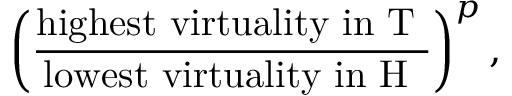
\left( \frac { \mathrm { h i g h e s t ~ v i r t u a l i t y ~ i n ~ T ~ } } { \mathrm { l o w e s t ~ v i r t u a l i t y ~ i n ~ H ~ } } \right) ^ { p } ,